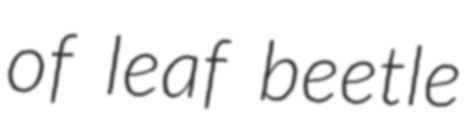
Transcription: of leaf beetle